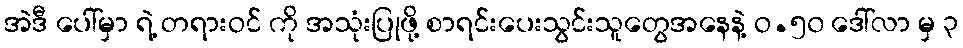
အဲဒီ ပေါ်မှာ ရဲ့ တရားဝင် ကို အသုံးပြုဖို့ စာရင်းပေးသွင်းသူတွေအနေနဲ့ ဝ.၅၀ ဒေါ်လာ မှ ၃